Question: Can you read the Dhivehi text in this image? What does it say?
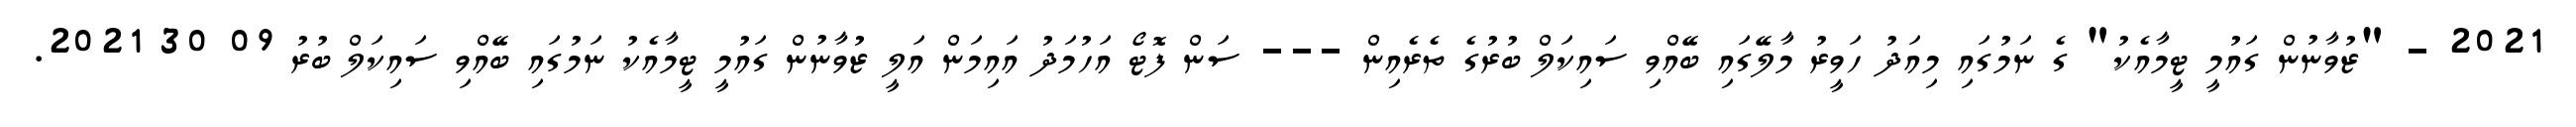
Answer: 2021 - "ޒުވާނުން ގައުމީ ޓީމާއެކު" ގެ ނަމުގައި މިއަދު ހަވީރު މާލޭގައި ބޭއްވި ސައިކަލް ބުރުގެ ތެރެއިން --- ސަން ފޮޓޯ އަހުމަދު އައިމަން އަލީ ޒުވާނުން ގައުމީ ޓީމާއެކު ނަމުގައި ބޭއްވި ސައިކަލް ބުރު 09 30 2021.